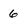
Character: 6